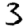
Digit: 3